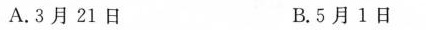
A.3月21日 B.5月1日